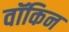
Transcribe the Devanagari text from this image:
वॉकिन